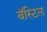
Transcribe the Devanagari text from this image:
बॅस्टिल